Indian journal of veterinary science and animal husbandry - Volume 3,
Year: 1933
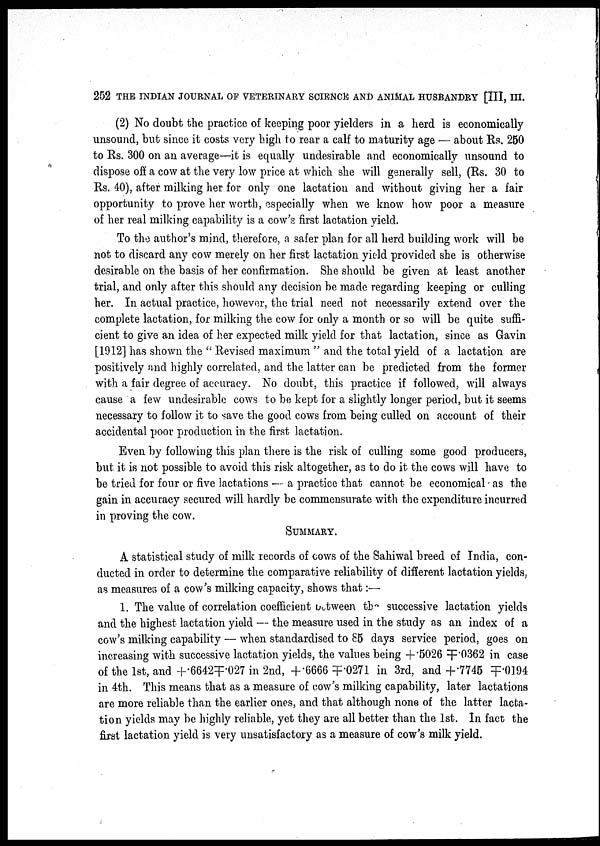
252 THE INDIAN JOURNAL OF VETERINARY SCIENCE AND ANIMAL HUSBANDRY [III, III.
(2) No doubt the practice of keeping poor yielders in a herd is economically
unsound, but since it costs very high to rear a calf to maturity age — about Rs. 250
to Rs. 300 on an average—it is equally undesirable and economically unsound to
dispose off a cow at the very low price at which she will generally sell, (Rs. 30 to
Rs. 40), after milking her for only one lactation and without giving her a fair
opportunity to prove her worth, especially when we know how poor a measure
of her real milking capability is a cow's first lactation yield.
To the author's mind, therefore, a safer plan for all herd building work will be
not to discard any cow merely on her first lactation yield provided she is otherwise
desirable on the basis of her confirmation. She should be given at least another
trial, and only after this should any decision be made regarding keeping or culling
her. In actual practice, however, the trial need not necessarily extend over the
complete lactation, for milking the cow for only a month or so will be quite suffi-
cient to give an idea of her expected milk yield for that lactation, since as Gavin
[1912] has shown the " Revised maximum " and the total yield of a lactation are
positively and highly correlated, and the latter can be predicted from the former
with a fair degree of accuracy. No doubt, this practice if followed, will always
cause a few undesirable cows to be kept for a slightly longer period, but it seems
necessary to follow it to save the good cows from being culled on account of their
accidental poor production in the first lactation.
Even by following this plan there is the risk of culling some good producers,
but it is not possible to avoid this risk altogether, as to do it the cows will have to
be tried for four or five lactations — a practice that cannot be economical as the
gain in accuracy secured will hardly be commensurate with the expenditure incurred
in proving the cow.
SUMMARY.
A statistical study of milk records of cows of the Sahiwal breed of India, con-
ducted in order to determine the comparative reliability of different lactation yields,
as measures of a cow's milking capacity, shows that :—
1. The value of correlation coefficient between the successive lactation yields
and the highest lactation yield — the measure used in the study as an index of a
cow's milking capability — when standardised to 85 days service period, goes on
increasing with successive lactation yields, the values being +.5026 ╤.0362 in case
of the 1st, and +.6642╤.027 in 2nd, + .6666 ╤.0271 in 3rd, and +.7745 ╤.0194
in 4th. This means that as a measure of cow's milking capability, later lactations
are more reliable than the earlier ones, and that although none of the latter lacta-
tion yields may be highly reliable, yet they are all better than the 1st. In fact the
first lactation yield is very unsatisfactory as a measure of cow's milk yield.